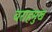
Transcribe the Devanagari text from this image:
वराहमुख